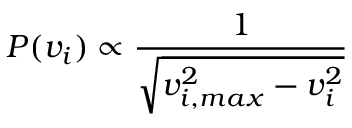
P ( v _ { i } ) \propto \frac { 1 } { \sqrt { v _ { i , m a x } ^ { 2 } - v _ { i } ^ { 2 } } }